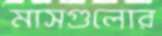
মাসগুলোর